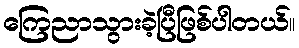
ကြေညာသွားခဲ့ပြီဖြစ်ပါတယ်။